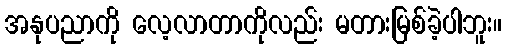
အနုပညာကို လေ့လာတာကိုလည်း မတားမြစ်ခဲ့ပါဘူး။